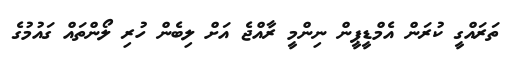
ތަރައްގީ ކުރަން އެމްޑީޕީން ނިންމީ ރާއްޖެ އަށް ލިބެން ހުރި ލޯންތައް ގައުމުގެ